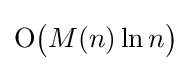
{\text{O}}{\bigl (}M(n)\ln n{\bigr )}